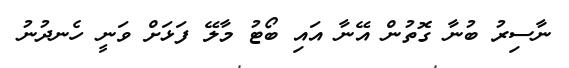
ނާސިރު ބުނާ ގޮތުން އޭނާ އައި ބޯޓު މާލޭ ފަޅަށް ވަނީ ހެނދުނު